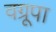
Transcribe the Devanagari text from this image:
वग्रूपा